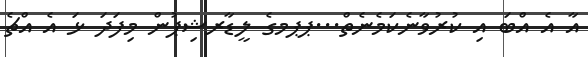
އާ އެ އްބަ އި ކުރުވާނެކަމެނެތް...ޕޕމގެ ލީޑާރޝިޕުން މިފަދަ ޅަ އެ އްޗެ